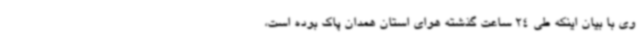
وی با بیان اینکه طی 24 ساعت گذشته هوای استان همدان پاک بوده است،